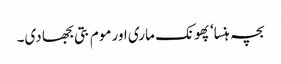
بچہ ہنسا‘ پھونک ماری اور موم بتی بجھا دی۔